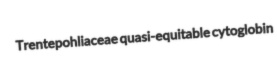
Trentepohliaceae quasi-equitable cytoglobin